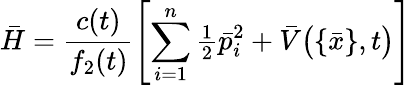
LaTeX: \bar{H}=\frac{c(t)}{f_{2}(t)}\left[\sum_{i=1}^{n}{\textstyle\frac{1}{2}}\bar{p}_{i}^{2}+\bar{V}\big(\{ \bar{x}\} ,t\big)\right]